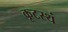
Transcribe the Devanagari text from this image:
कूटस्थं